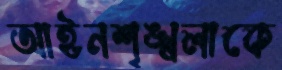
আইনশৃঙ্খলাকে